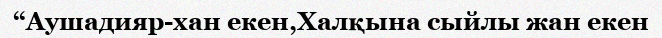
“Аушадияр-хан екен,Халқына сыйлы жан екен